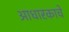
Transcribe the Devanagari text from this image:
आधारकाचे